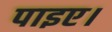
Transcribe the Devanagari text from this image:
पाइए।